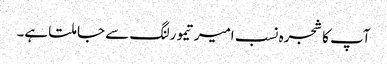
آپ کا شجرہ نسب امیرتیمورلنگ سے جا ملتا ہے۔